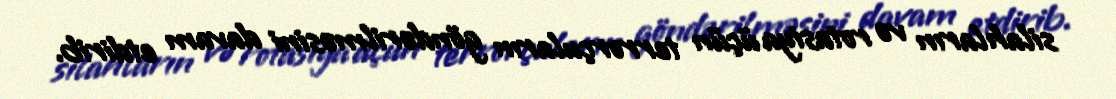
silahların və rotasiya üçün terrorçuların göndərilməsini davam etdirib.